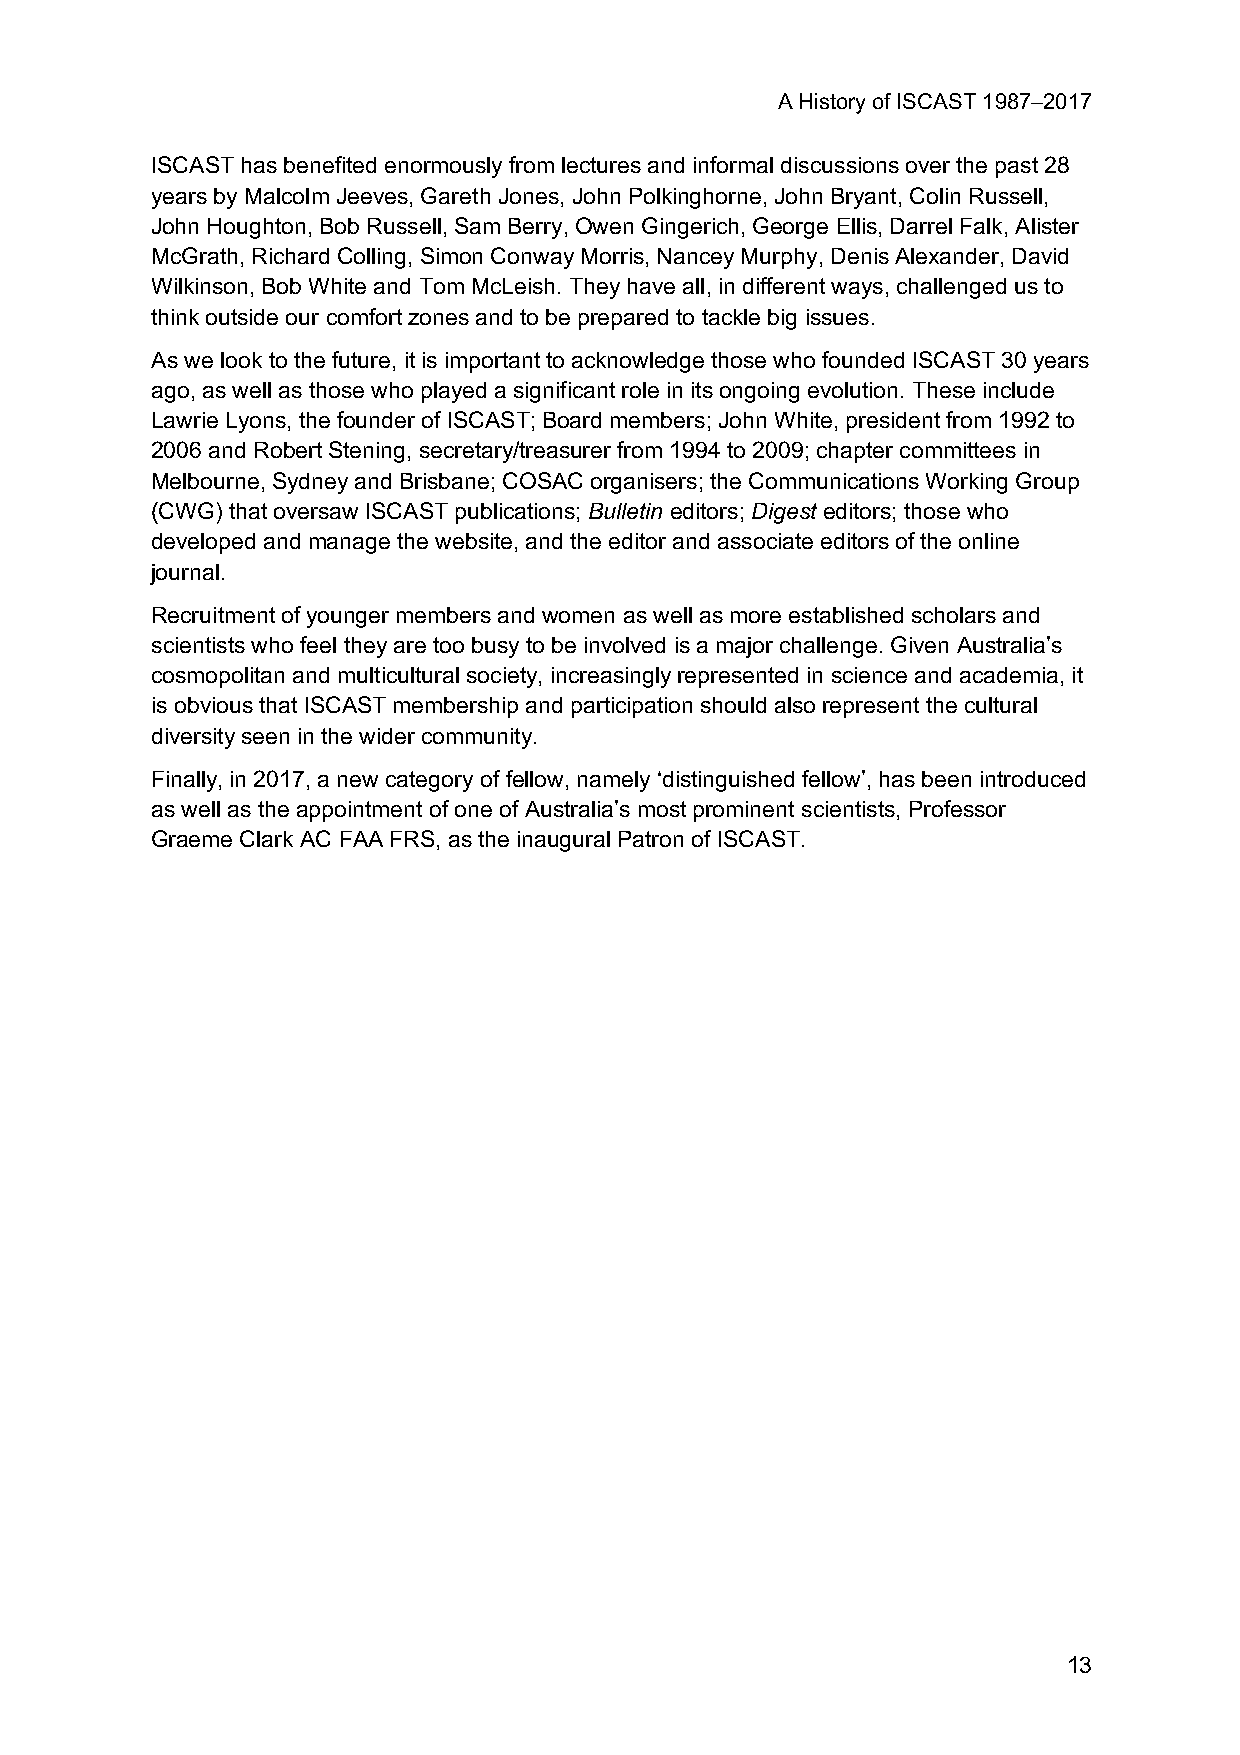
A History of ISCAST 1987–2017
 ISCAST has benefited enormously from lectures and informal discussions over the past 28
 years by Malcolm Jeeves, Gareth Jones, John Polkinghorne, John Bryant, Colin Russell,
 John Houghton, Bob Russell, Sam Berry, Owen Gingerich, George Ellis, Darrel Falk, Alister
 McGrath, Richard Colling, Simon Conway Morris, Nancey Murphy, Denis Alexander, David
 Wilkinson, Bob White and Tom McLeish. They have all, in different ways, challenged us to
 think outside our comfort zones and to be prepared to tackle big issues.
 As we look to the future, it is important to acknowledge those who founded ISCAST 30 years
 ago, as well as those who played a significant role in its ongoing evolution. These include
 Lawrie Lyons, the founder of ISCAST; Board members; John White, president from 1992 to
 2006 and Robert Stening, secretary/treasurer from 1994 to 2009; chapter committees in
 Melbourne, Sydney and Brisbane; COSAC organisers; the Communications Working Group
 (CWG) that oversaw ISCAST publications; Bulletin editors; Digest editors; those who
 developed and manage the website, and the editor and associate editors of the online
 journal.
 Recruitment of younger members and women as well as more established scholars and
 scientists who feel they are too busy to be involved is a major challenge. Given Australia’s
 cosmopolitan and multicultural society, increasingly represented in science and academia, it
 is obvious that ISCAST membership and participation should also represent the cultural
 diversity seen in the wider community.
 Finally, in 2017, a new category of fellow, namely ‘distinguished fellow’, has been introduced
 as well as the appointment of one of Australia’s most prominent scientists, Professor
 Graeme Clark AC FAA FRS, as the inaugural Patron of ISCAST.
 13